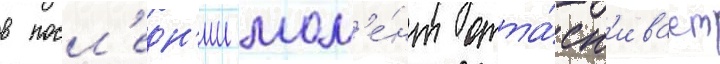
в посл'едн'ии мом'е́нт отта́ск'ивает